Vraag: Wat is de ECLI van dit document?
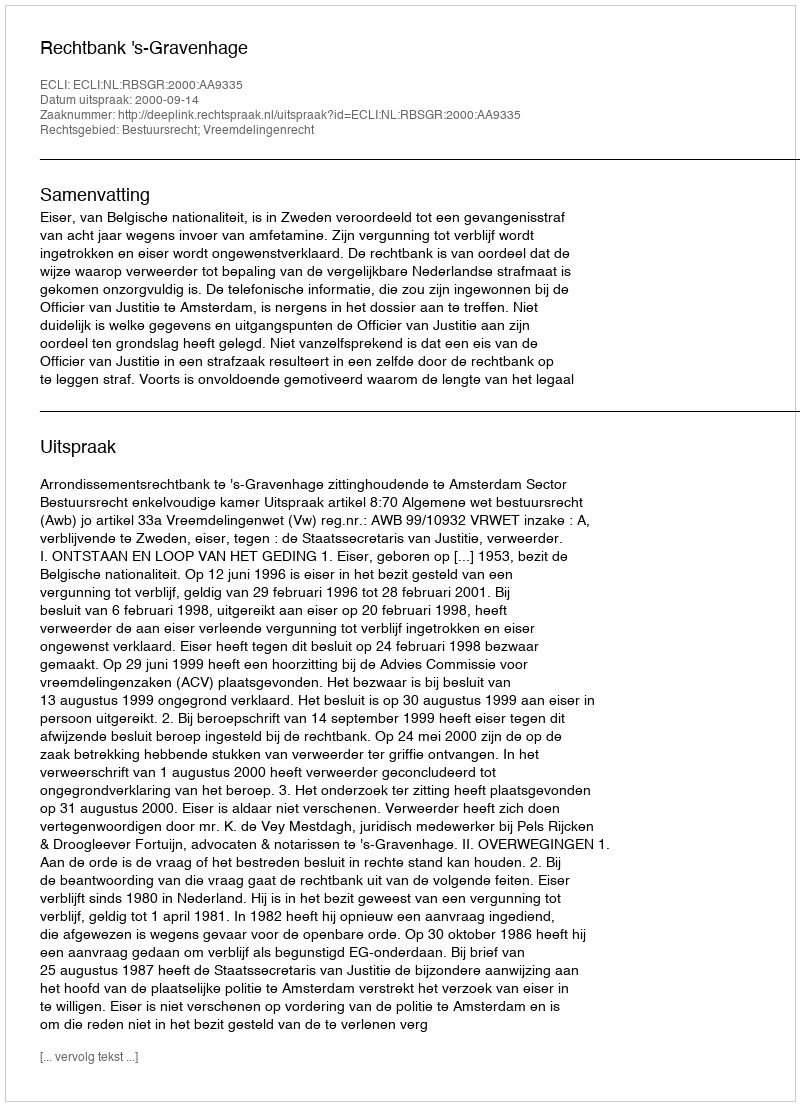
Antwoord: ECLI:NL:RBSGR:2000:AA9335